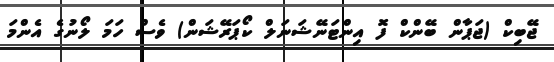
ޖޭބިކް (ޖަޕާން ބޭންކް ފޮ އިންޓަނޭޝަނަލް ކޯޕަރޭޝަން) ވެސް ހަމަ ލޯނުގެ އެންމަ